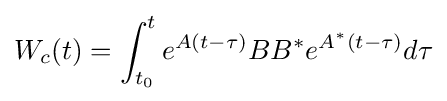
W_{c}(t)=\int _{t_{0}}^{t}e^{A(t-\tau )}BB^{*}e^{A^{*}(t-\tau )}d\tau